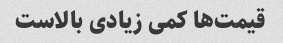
قیمت‌ها کمی زیادی بالاست